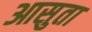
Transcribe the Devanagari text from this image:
आसुता